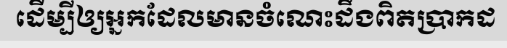
ដើម្បីឲ្យអ្នកដែលមានចំណេះដឹងពិតប្រាកដ